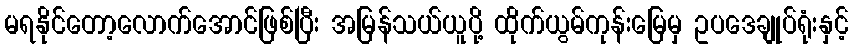
မရနိုင်တော့လောက်အောင်ဖြစ်ပြီး အမြန်သယ်ယူပို့ ထိုက်ယွမ်ကုန်းမြေမှ ဥပဒေချုပ်ရုံးနှင့်